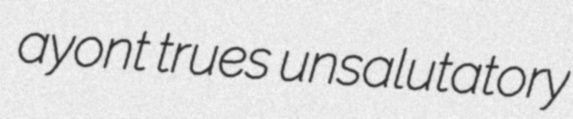
ayont trues unsalutatory